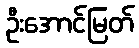
ဦးအောင်မြတ်